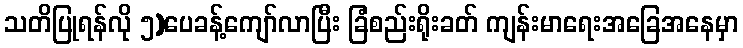
သတိပြုရန်လို ၅)ပေခန့်ကျော်လာပြီး ခြံစည်းရိုးခတ် ကျန်းမာရေးအခြေအနေမှာ